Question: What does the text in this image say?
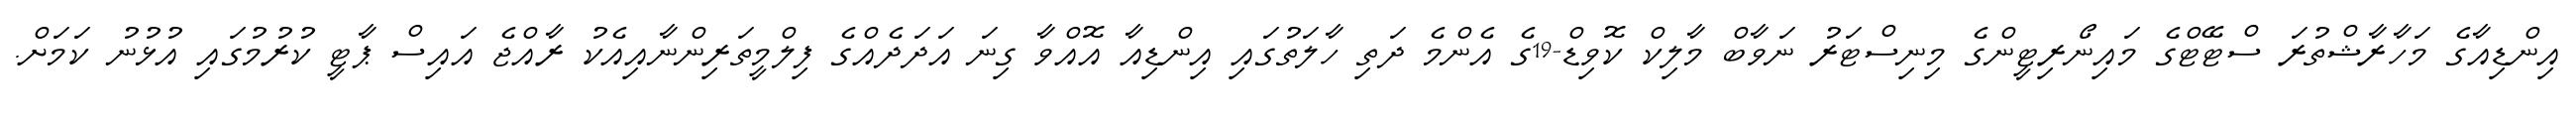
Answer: އިންޑިއާގެ މަހާރާޝްތުރަ ސްޓޭޓްގެ މައިނޯރިޓީންގެ މިނިސްޓަރު ނަވާބް މާލިކް ކޮވިޑް-19ގެ އެންމެ ދަތި ހާލަތުގައި އިންޑިއާ އޮއްވާ ގިނަ އަދަދެއްގެ ފިލްމީތަރިންނާއިއެކު ރާއްޖެ އައިސް ޕާޓީ ކުރުމުގައި އުޅުނު ކަމަށް.